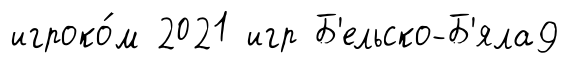
игроко́м 2021 игр Б'ельско-Б'яла9